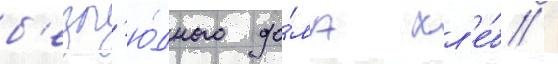
б'езл'ю́дного до́ма хл'е́б /